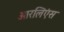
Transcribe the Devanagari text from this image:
ओरलिएंस